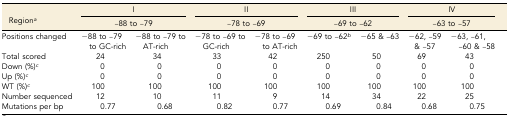
<table><thead><tr><td rowspan="2"><b>Region<i><sup>a</sup></i></b></td><td colspan="2"><b>I</b></td><td colspan="2"><b>II</b></td><td colspan="2"><b>III</b></td><td colspan="2"><b>IV</b></td></tr><tr><td colspan="2"><b>–88 to –79</b></td><td colspan="2"><b>–78 to –69</b></td><td colspan="2"><b>–69 to –62</b></td><td colspan="2"><b>–63 to –57</b></td></tr></thead><tbody><tr><td>Positions changed</td><td>−88 to –79 to GC-rich</td><td>−88 to –79 to AT-rich</td><td>−78 to –69 to GC-rich</td><td>−78 to –69 to AT-rich</td><td>−69 to –62<i><sup>b</sup></i></td><td>−65 &amp; –63</td><td>−62, –59 &amp; –57</td><td>−63, –61, –60 &amp; –58</td></tr><tr><td>Total scored</td><td>24</td><td>34</td><td>33</td><td>42</td><td>250</td><td>50</td><td>69</td><td>43</td></tr><tr><td>Down (%)<i><sup>c</sup></i></td><td>0</td><td>0</td><td>0</td><td>0</td><td>0</td><td>0</td><td>0</td><td>0</td></tr><tr><td>Up (%)<i><sup>c</sup></i></td><td>0</td><td>0</td><td>0</td><td>0</td><td>0</td><td>0</td><td>0</td><td>0</td></tr><tr><td>WT (%)<i><sup>c</sup></i></td><td>100</td><td>100</td><td>100</td><td>100</td><td>100</td><td>100</td><td>100</td><td>100</td></tr><tr><td>Number sequenced</td><td>12</td><td>10</td><td>11</td><td>9</td><td>14</td><td>34</td><td>22</td><td>25</td></tr><tr><td>Mutations per bp</td><td>0.77</td><td>0.68</td><td>0.82</td><td>0.77</td><td>0.69</td><td>0.84</td><td>0.68</td><td>0.75</td></tr></tbody></table>